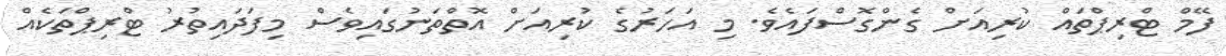
ފޭމް ޓްރިޕްތައް ކުރިއަށް ގެންގޮސްފައެވެ. މި އަހަރުގެ ކުރިއަށް އޮތްތަނުގައިވެސް މިފަދައިތުރު ޓްރިޕްތަކެއް